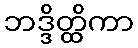
ဘဒ္ဒိတ္ထိကာ